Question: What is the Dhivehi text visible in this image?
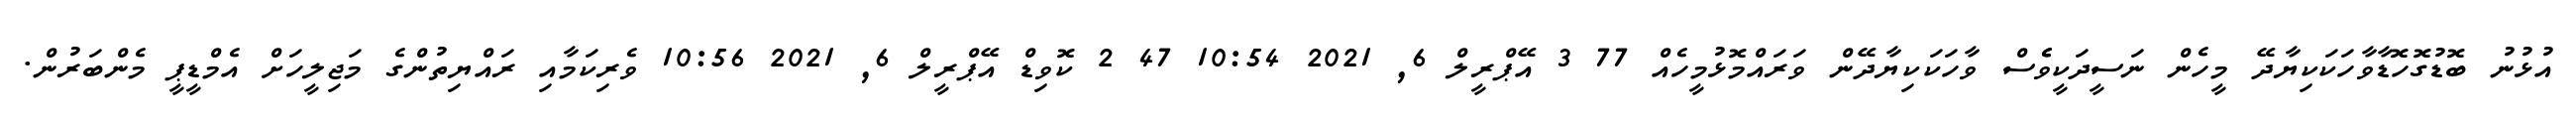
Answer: އުޅުނު ބޮޑުގޮހޮޑާވާހަކަކިޔާދޭ މީހެން ނަސީދަކީވެެސް ވާހަކަކިޔާދޭން ވަރައްމޮޅުމީހެއް 77 3 އޭޕްރީލް 6, 2021 10:54 47 2 ކޮވިޑް އޭޕްރީލް 6, 2021 10:56 ވެރިކަމާއި ރައްޔިތުންގެ މަޖިލީހަށް އެމްޑީޕީ މެންބަރުން.